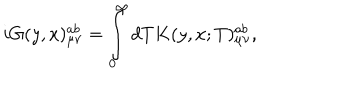
LaTeX: i G ( y , x ) _ { \mu \nu } ^ { a b } = \int _ { 0 } ^ { \infty } { d T K ( y , x ; T ) _ { \mu \nu } ^ { a b } } ,